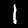
Label: 1